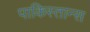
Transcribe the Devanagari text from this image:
पाकिस्तान्स